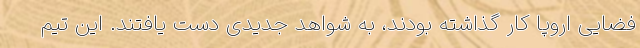
فضایی اروپا کار گذاشته بودند، به شواهد جدیدی دست یافتند. این تیم